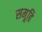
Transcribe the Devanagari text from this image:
समूहि